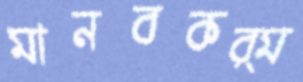
মানবকর্ম